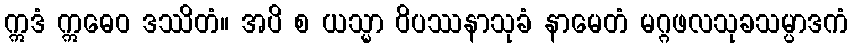
ဣဒံ ဣဓေဝ ဒဿိတံ။ အပိ စ ယသ္မာ ဝိပဿနာသုခံ နာမေတံ မဂ္ဂဖလသုခသမ္ပာဒကံ